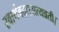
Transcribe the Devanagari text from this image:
स्वार्थबद्धसत्यव्रती।